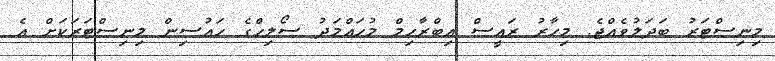
މިނިސްޓަރު ބަދަލުވެއްޖެ. މިހާރު ރައީސް އިބްރާހިމް މުހައްމަދު ސޯލިހްގެ ހައުސިން މިނިސްޓަރަކަށް އެ